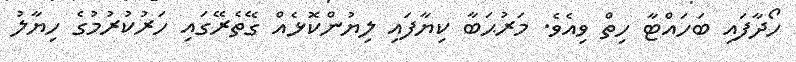
ހޯދާފައި ބަހައްޓާ ހިތް ވިއެވެ. މަރުޙަބާ ކިޔާފައި ލިޔުންކޮޅެއް ގޭތެރޭގައި ހަރުކުރުމުގެ ހިޔާލު